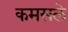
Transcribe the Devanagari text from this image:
कमसले